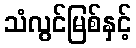
သံလွင်မြစ်နှင့်